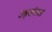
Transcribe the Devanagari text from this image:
उश्रृखंलता